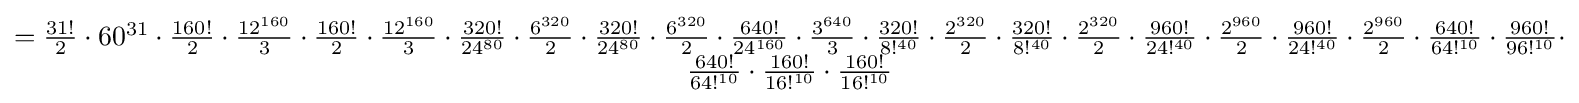
{\begin{matrix}={\frac {31!}{2}}\cdot 60^{31}\cdot {\frac {160!}{2}}\cdot {\frac {12^{160}}{3}}\cdot {\frac {160!}{2}}\cdot {\frac {12^{160}}{3}}\cdot {\frac {320!}{24^{80}}}\cdot {\frac {6^{320}}{2}}\cdot {\frac {320!}{24^{80}}}\cdot {\frac {6^{320}}{2}}\cdot {\frac {640!}{24^{160}}}\cdot {\frac {3^{640}}{3}}\cdot {\frac {320!}{8!^{40}}}\cdot {\frac {2^{320}}{2}}\cdot {\frac {320!}{8!^{40}}}\cdot {\frac {2^{320}}{2}}\cdot {\frac {960!}{24!^{40}}}\cdot {\frac {2^{960}}{2}}\cdot {\frac {960!}{24!^{40}}}\cdot {\frac {2^{960}}{2}}\cdot {\frac {640!}{64!^{10}}}\cdot {\frac {960!}{96!^{10}}}\cdot \\{\frac {640!}{64!^{10}}}\cdot {\frac {160!}{16!^{10}}}\cdot {\frac {160!}{16!^{10}}}\end{matrix}}